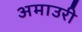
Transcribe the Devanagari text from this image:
अमाउरी